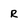
Character: R